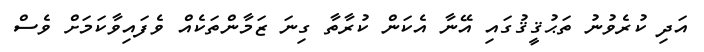
އަދި ކުރެވުނު ތަޙުޤީޤުގައި އޭނާ އެކަން ކުރާތާ ގިނަ ޒަމާންތަކެއް ވެފައިވާކަމަށް ވެސް